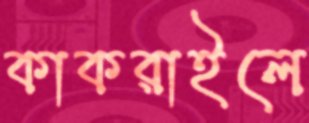
কাকরাইলে